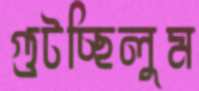
গুটচ্ছিলুম